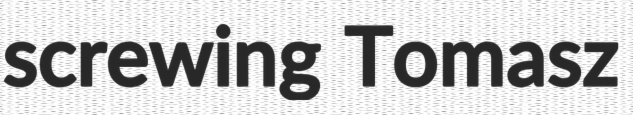
screwing Tomasz